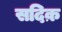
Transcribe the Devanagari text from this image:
सदिक़